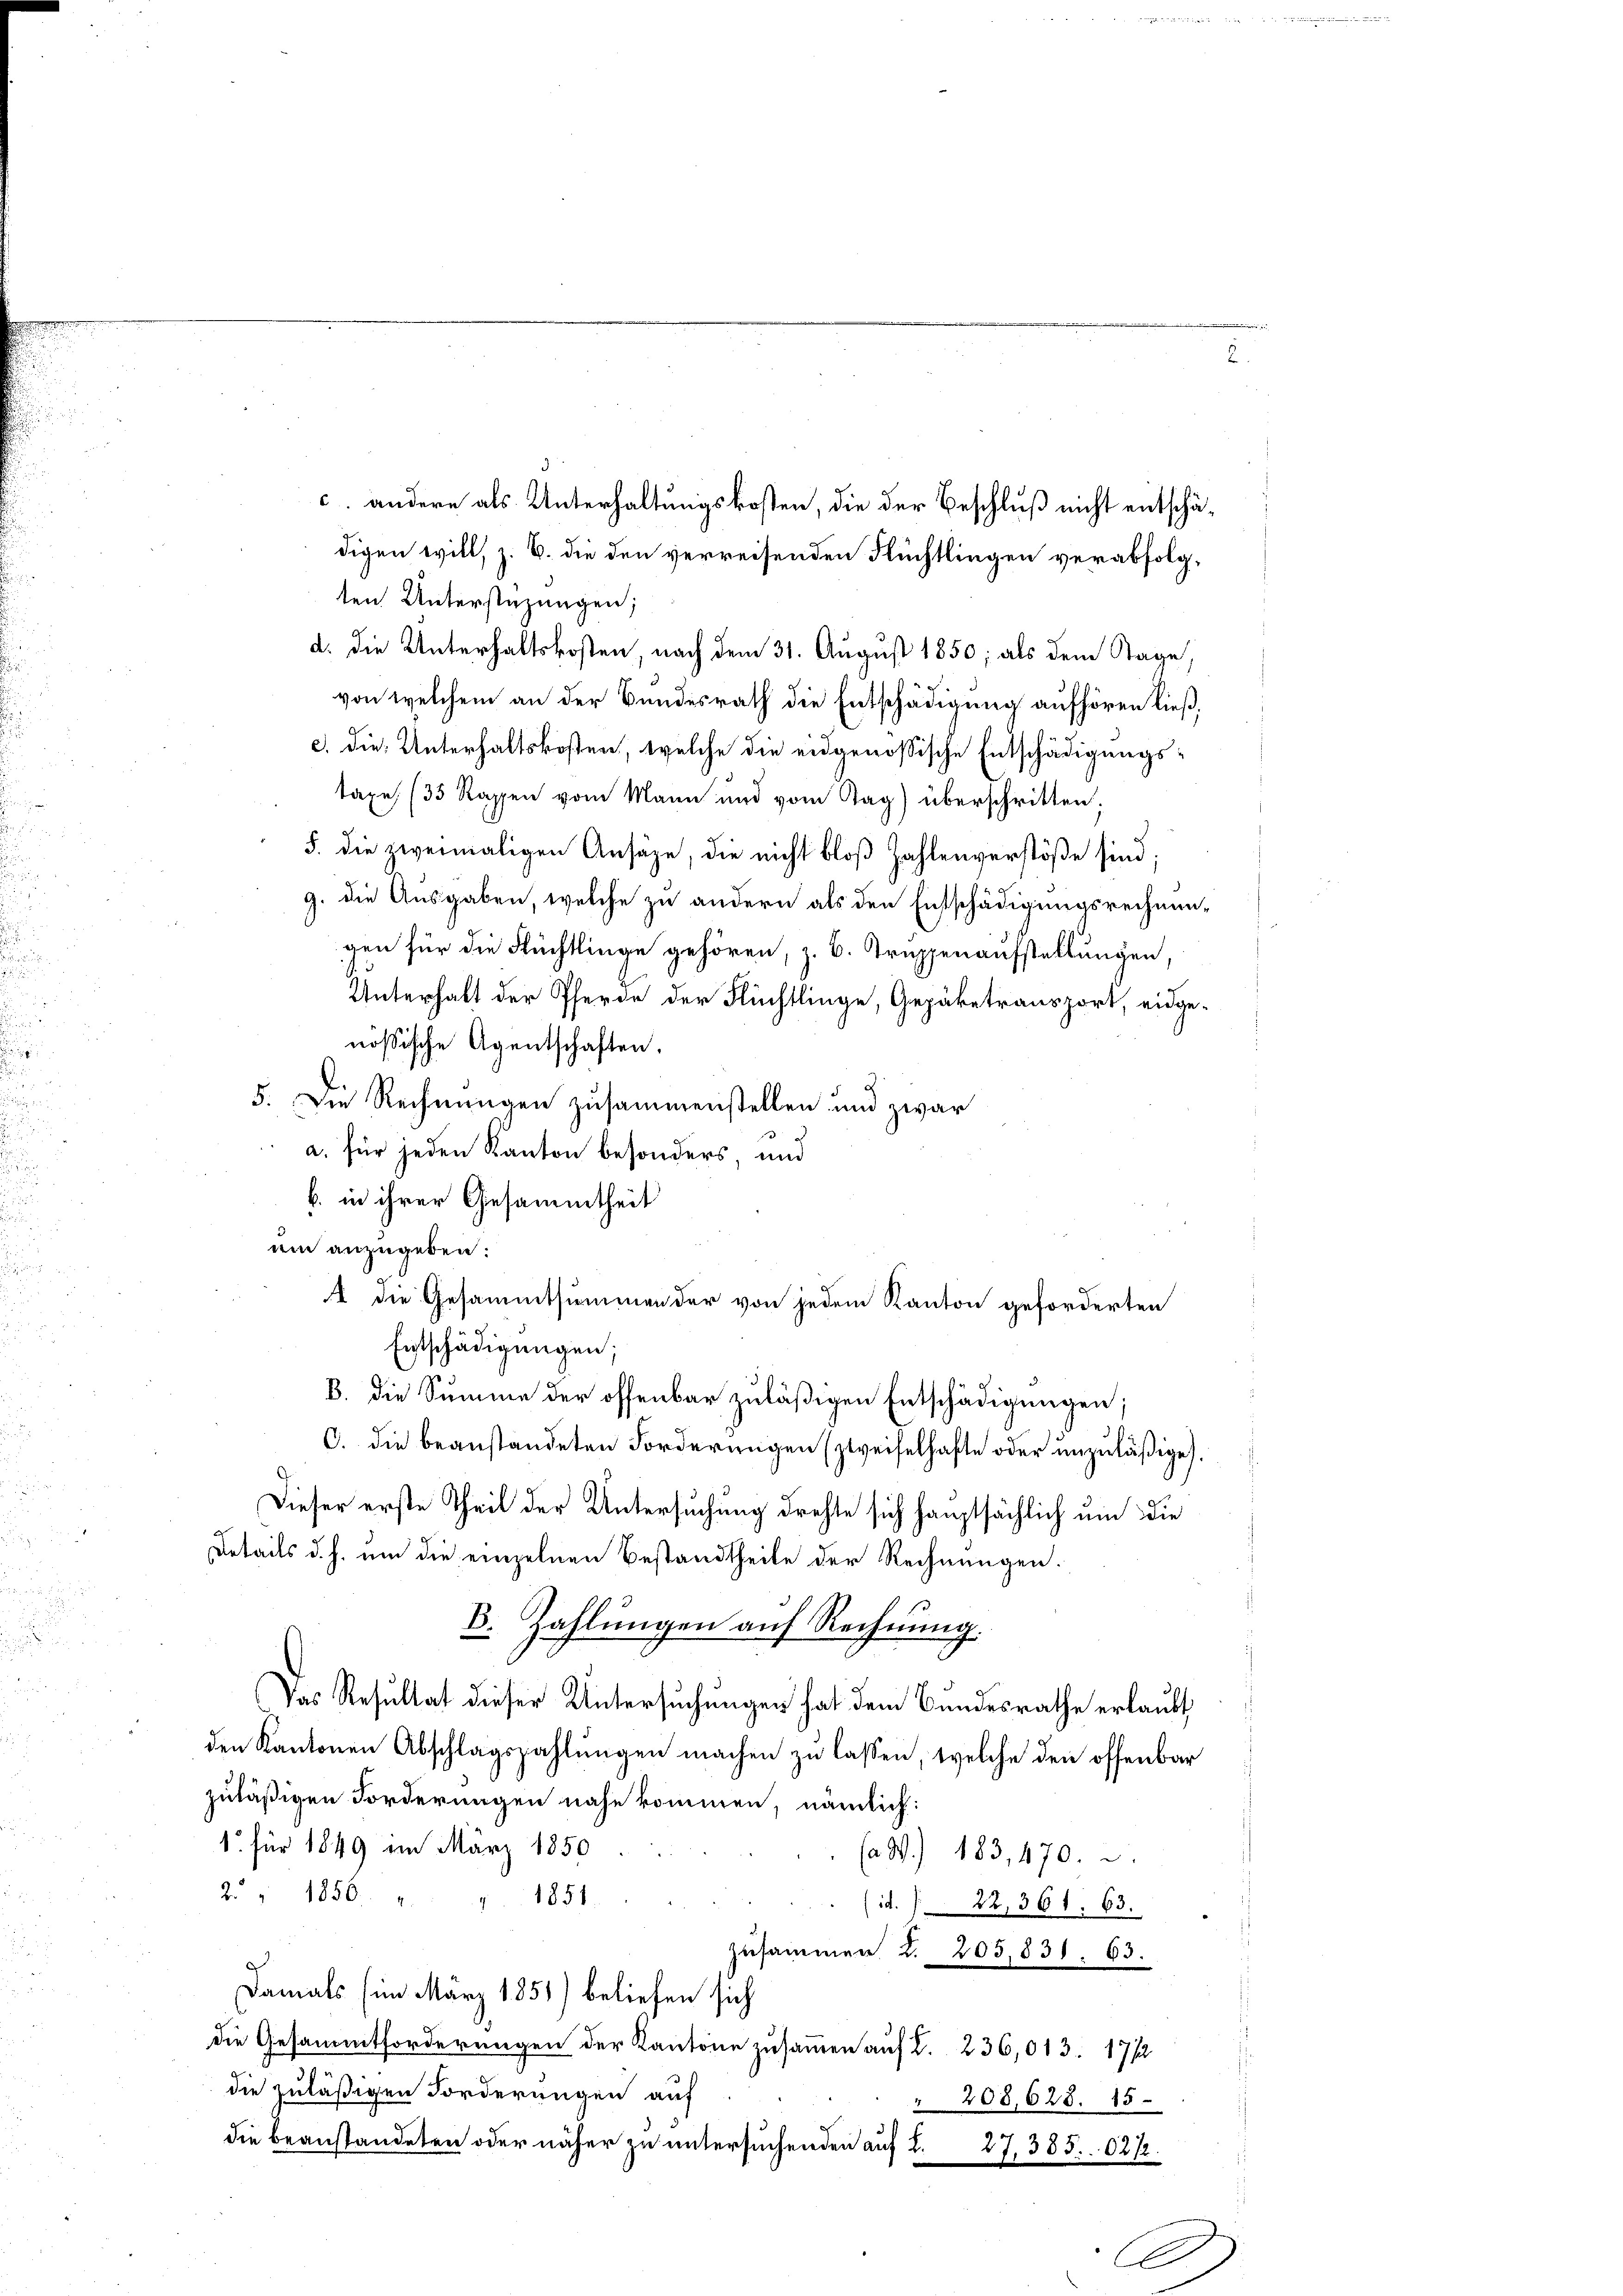
digen will, z. B. die den verreisenden Flüchtlingen verabfolgten Unterstüzungen;
d. Die Unterhaltskosten, nach dem 31. August 1850; als dem Stage
von welchem an der Bundesrath die Entschädigung aufhören ließ,
c. die Unterhaltskosten, welche die eidgenössische Entschädigungstaxe, (35 Rappen vom Mann und vom Tag) überschritten;
5. die zweimaligen Ansäze, die nicht bloß Zahlenverstöße sind;
g. die Ausgaben, welche zu andern als den Entschädigungsrechnun-
gen für die Rüchtlinge gehören, z. B. Truppenaufstellungen,
Unterhalt der Pferde der Flüchtlinge, Gepäketransport, eidgenössische Agentschaften.
5. Die Rechnungen zusammenstellen und zwar
 a. für jeden Kanton besonders, und
b. in ihrer Gesammtheit
um anzugeben:
Entschädigungen;
B. die Summe der offenbar zuläßigen Entschädigungen;
C. die beanstandeten Forderungen (zweifelhafte oder unzuläßige).
Dieser erste Theil der Untersuchung drehte sich hauptsächlich um die
Details d. h. um die einzelnen Bestandtheile der Rechnungen.
B. Zahlungen auf Rechnung.
Das Resultat dieser Untersuchungen hat dem Bundesrathe erlaubt
den Kantonen Abschlagszahlungen machen zu lassen, welche den offenbar
zuläßigen Forderungen nahe kommen, nämlich:
1. für 1849 im März 1850.
ja. W.) 183, 470.
2 " 1856. 44. 1851.
id. 22, 361. 63.
Zusammen 2. 203,831. 63.
Damals (im März 1851) beliefen sich
die Gesammtforderungen der Kantone zusammen auf 2. 236,013. 1712
die zuläßigen Forderungen auf
" 208,628. 15.
die beanstandeten oder näher zu untersuchenden auf 2. 27, 385. 6212.

c. andere als Unterhaltungskosten, die der Beschluß nicht entschä¬

A die Gesammtsummen der von jedem Kanton geforderten